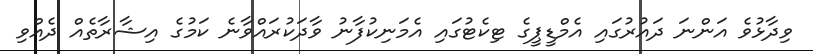
ވިދާޅުވެ އަންނަ ދައުރުގައި އެމްޑީޕީގެ ޓިކެޓުގައި އެމަނިކުފާނު ވާދަކުރައްވާނެ ކަމުގެ އިޝާރާތެއް ދެއްވި